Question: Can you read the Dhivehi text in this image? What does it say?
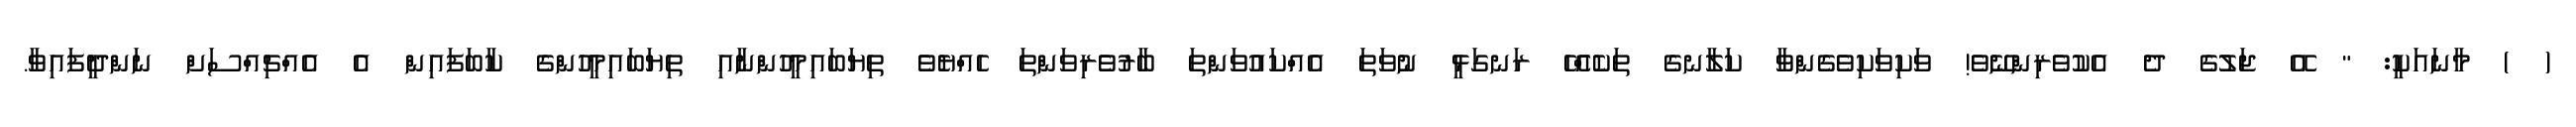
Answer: ( ) މާނައަކީ: " އޭ ޖަލުގެ ދެ އެކުވެރިންނޭވެ! ވަކިވަކިވެގެންވާ ކަލާނގެ ތަކެއްހޭ ރަނގަޅީ ނުވަތަ އެއްކައުވަންތަ ބާރުވެރިވަންތަ ހެއްޔެވެ ތިޔަބައިމީހުންނާއި ތިޔަބައިމީހުންގެ ކާބަފައިން އެ އެއްޗިއްސަށް ނަންދީފައިވާ.